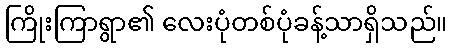
ကြိုးကြာရွာ၏ လေးပုံတစ်ပုံခန့်သာရှိသည်။